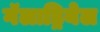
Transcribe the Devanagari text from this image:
गॅलाड्रियेल